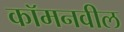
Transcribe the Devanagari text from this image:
कॉमनवील